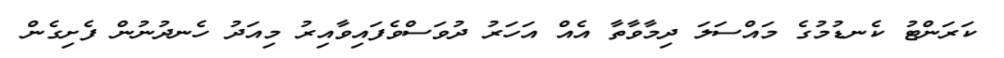
ކަރަންޓު ކެނޑުމުގެ މައްސަލަ ދިމާވާތާ އެއް އަހަރު ދުވަސްވެފައިވާއިރު މިއަދު ހެނދުނުން ފެށިގެން